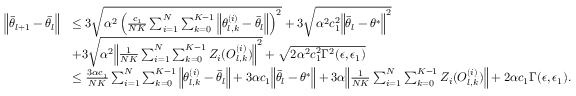
\begin{array} { r l } { \Big \lVert \bar { \theta } _ { l + 1 } - \bar { \theta } _ { l } \Big \rVert } & { \le 3 \sqrt { \alpha ^ { 2 } \left( \frac { c _ { 1 } } { N K } \sum _ { i = 1 } ^ { N } \sum _ { k = 0 } ^ { K - 1 } \Big \lVert \theta _ { l , k } ^ { ( i ) } - \bar { \theta } _ { l } \Big \rVert \right) ^ { 2 } } + 3 \sqrt { \alpha ^ { 2 } c _ { 1 } ^ { 2 } \Big \lVert \bar { \theta } _ { l } - \theta ^ { * } \Big \rVert ^ { 2 } } } \\ & { + 3 \sqrt { \alpha ^ { 2 } \Big \lVert \frac { 1 } { N K } \sum _ { i = 1 } ^ { N } \sum _ { k = 0 } ^ { K - 1 } Z _ { i } ( O _ { l , k } ^ { ( i ) } ) \Big \rVert ^ { 2 } } + \sqrt { 2 \alpha ^ { 2 } c _ { 1 } ^ { 2 } \Gamma ^ { 2 } ( \epsilon , \epsilon _ { 1 } ) } } \\ & { \le \frac { 3 \alpha c _ { 1 } } { N K } \sum _ { i = 1 } ^ { N } \sum _ { k = 0 } ^ { K - 1 } \Big \lVert \theta _ { l , k } ^ { ( i ) } - \bar { \theta } _ { l } \Big \rVert + 3 \alpha c _ { 1 } \Big \lVert \bar { \theta } _ { l } - \theta ^ { * } \Big \rVert + 3 \alpha \Big \lVert \frac { 1 } { N K } \sum _ { i = 1 } ^ { N } \sum _ { k = 0 } ^ { K - 1 } Z _ { i } ( O _ { l , k } ^ { ( i ) } ) \Big \rVert + 2 \alpha c _ { 1 } \Gamma ( \epsilon , \epsilon _ { 1 } ) . } \end{array}